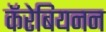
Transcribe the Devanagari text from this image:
कॅरेबियनन